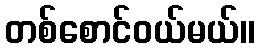
တစ်စောင်ဝယ်မယ်။